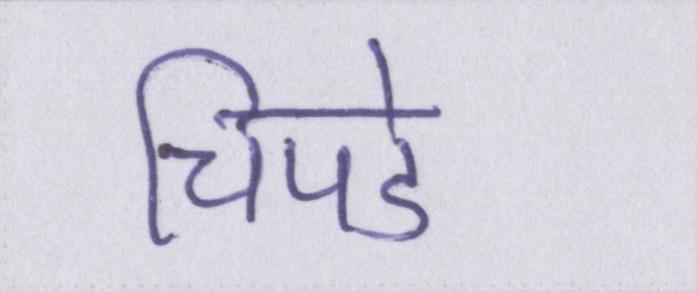
चिपडे